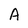
Character: A